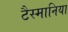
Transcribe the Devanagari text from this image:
टैस्मानिया